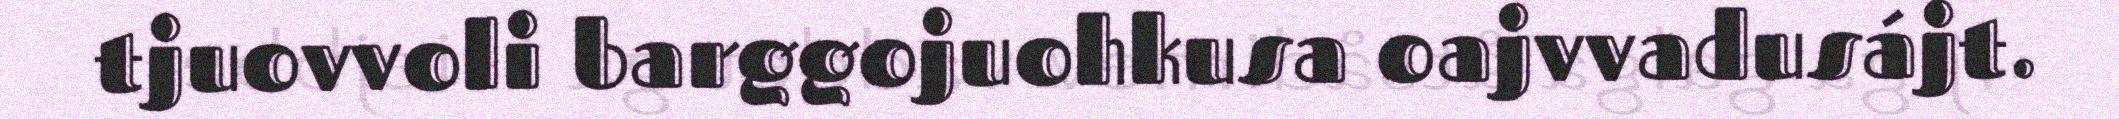
tjuovvoli barggojuohkusa oajvvadusájt.